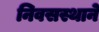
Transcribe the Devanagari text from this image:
निवसस्थाने